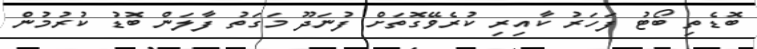
ބޮޑެތި ބޯޓު ފަހަރު ކާއިރި ކުރެވޭގޮތަށް ފުނަދޫ މަގަތު ފާލަން ބޮޑު ކުރުމުން